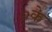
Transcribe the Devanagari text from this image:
०के